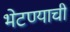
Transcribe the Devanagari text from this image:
भेटण्याची